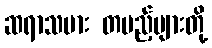
ဆရာသမား တပည့်များတို့